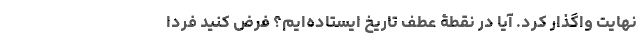
نهایت واگذار کرد. آیا در نقطۀ عطف تاریخ ایستاده‌ایم؟ فرض کنید فردا